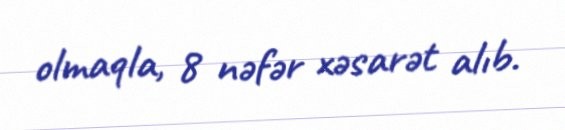
olmaqla, 8 nəfər xəsarət alıb.